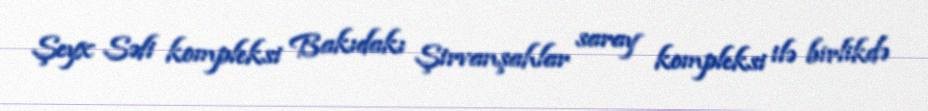
Şeyx Səfi kompleksi Bakıdakı Şirvanşahlar saray kompleksi ilə birlikdə